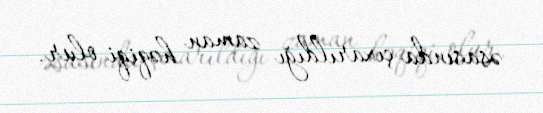
əsasında çıxarıldığı zaman həqiqi olur.